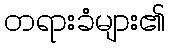
တရားခံများ၏